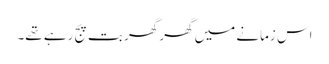
اس زمانے میں گھر گھر بت پج رہے تھے۔